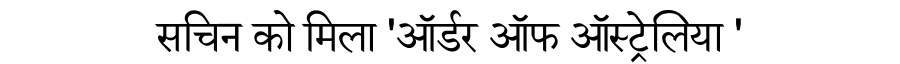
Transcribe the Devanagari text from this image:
सचिन को मिला 'ऑर्डर ऑफ ऑस्ट्रेलिया '